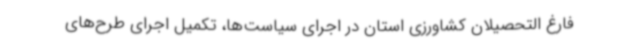
فارغ التحصیلان کشاورزی استان در اجرای سیاست‌ها، تکمیل اجرای طرح‌های